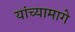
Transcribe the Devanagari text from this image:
यांच्यामागे